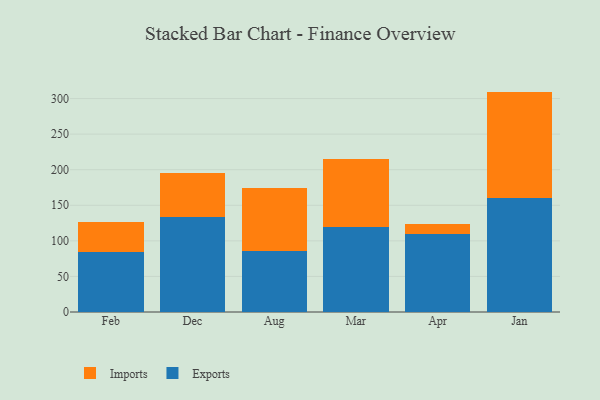
{"axis": {"x": "Month", "y": "Customer Acquisition Cost (USD)"}, "legend": ["Exports", "Imports"], "data": [{"x": "Feb", "y": 84.9, "type": "Exports"}, {"x": "Feb", "y": 42.0, "type": "Imports"}, {"x": "Dec", "y": 134.0, "type": "Exports"}, {"x": "Dec", "y": 61.8, "type": "Imports"}, {"x": "Aug", "y": 85.9, "type": "Exports"}, {"x": "Aug", "y": 88.6, "type": "Imports"}, {"x": "Mar", "y": 118.9, "type": "Exports"}, {"x": "Mar", "y": 96.1, "type": "Imports"}, {"x": "Apr", "y": 109.9, "type": "Exports"}, {"x": "Apr", "y": 13.4, "type": "Imports"}, {"x": "Jan", "y": 160.3, "type": "Exports"}, {"x": "Jan", "y": 149.5, "type": "Imports"}]}